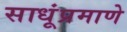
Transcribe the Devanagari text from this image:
साधूंप्रमाणे